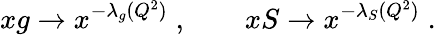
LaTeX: xg\to x^{-\lambda_{g}(Q^{2})}\; ,\qquad xS\to x^{-\lambda_{S}(Q^{2})}\; .